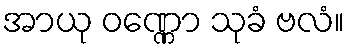
အာယု ဝဏ္ဏော သုခံ ဗလံ။